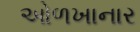
ઓળખાનાર